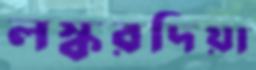
লস্করদিয়া